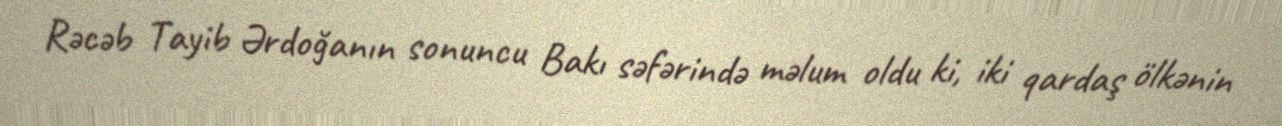
Rəcəb Tayib Ərdoğanın sonuncu Bakı səfərində məlum oldu ki, iki qardaş ölkənin